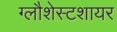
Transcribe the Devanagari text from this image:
ग्लौशेस्टशायर